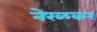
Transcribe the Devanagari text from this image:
नेरळकर